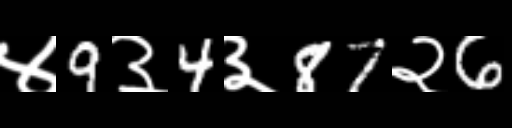
Text: ४9३4३87२6